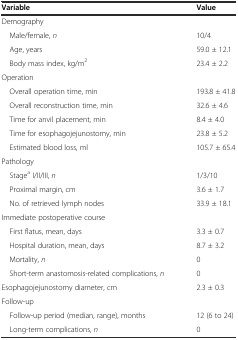
<table><thead><tr><td><b>Variable</b></td><td><b>Value</b></td></tr></thead><tbody><tr><td>Demography</td><td></td></tr><tr><td> Male/female, <i>n</i></td><td>10/4</td></tr><tr><td> Age, years</td><td>59.0 ± 12.1</td></tr><tr><td> Body mass index, kg/m<sup>2</sup></td><td>23.4 ± 2.2</td></tr><tr><td>Operation</td><td></td></tr><tr><td> Overall operation time, min</td><td>193.8 ± 41.8</td></tr><tr><td> Overall reconstruction time, min</td><td>32.6 ± 4.6</td></tr><tr><td> Time for anvil placement, min</td><td>8.4 ± 4.0</td></tr><tr><td> Time for esophagojejunostomy, min</td><td>23.8 ± 5.2</td></tr><tr><td> Estimated blood loss, ml</td><td>105.7 ± 65.4</td></tr><tr><td>Pathology</td><td></td></tr><tr><td> Stage<sup>a</sup> I/II/III, <i>n</i></td><td>1/3/10</td></tr><tr><td> Proximal margin, cm</td><td>3.6 ± 1.7</td></tr><tr><td> No. of retrieved lymph nodes</td><td>33.9 ± 18.1</td></tr><tr><td>Immediate postoperative course</td><td></td></tr><tr><td> First flatus, mean, days</td><td>3.3 ± 0.7</td></tr><tr><td> Hospital duration, mean, days</td><td>8.7 ± 3.2</td></tr><tr><td> Mortality, <i>n</i></td><td>0</td></tr><tr><td> Short-term anastomosis-related complications, <i>n</i></td><td>0</td></tr><tr><td>Esophagojejunostomy diameter, cm</td><td>2.3 ± 0.3</td></tr><tr><td>Follow-up</td><td></td></tr><tr><td> Follow-up period (median, range), months</td><td>12 (6 to 24)</td></tr><tr><td> Long-term complications, <i>n</i></td><td>0</td></tr></tbody></table>